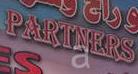
partners